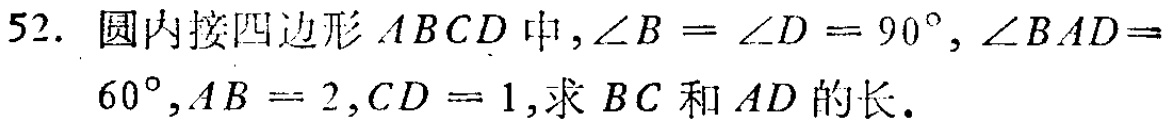
52. 圆内接四边形\(ABCD\)中，\(\angle B = \angle D = 90^{\circ}\)，\(\angle BAD = 60^{\circ}\)，\(AB = 2\)，\(CD = 1\)，求\(BC\)和\(AD\)的长.